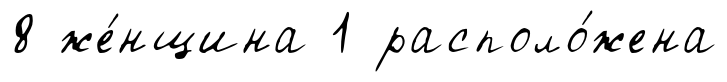
8 же́нщина 1 располо́жена